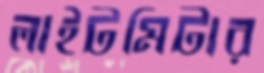
লাইটমিটার